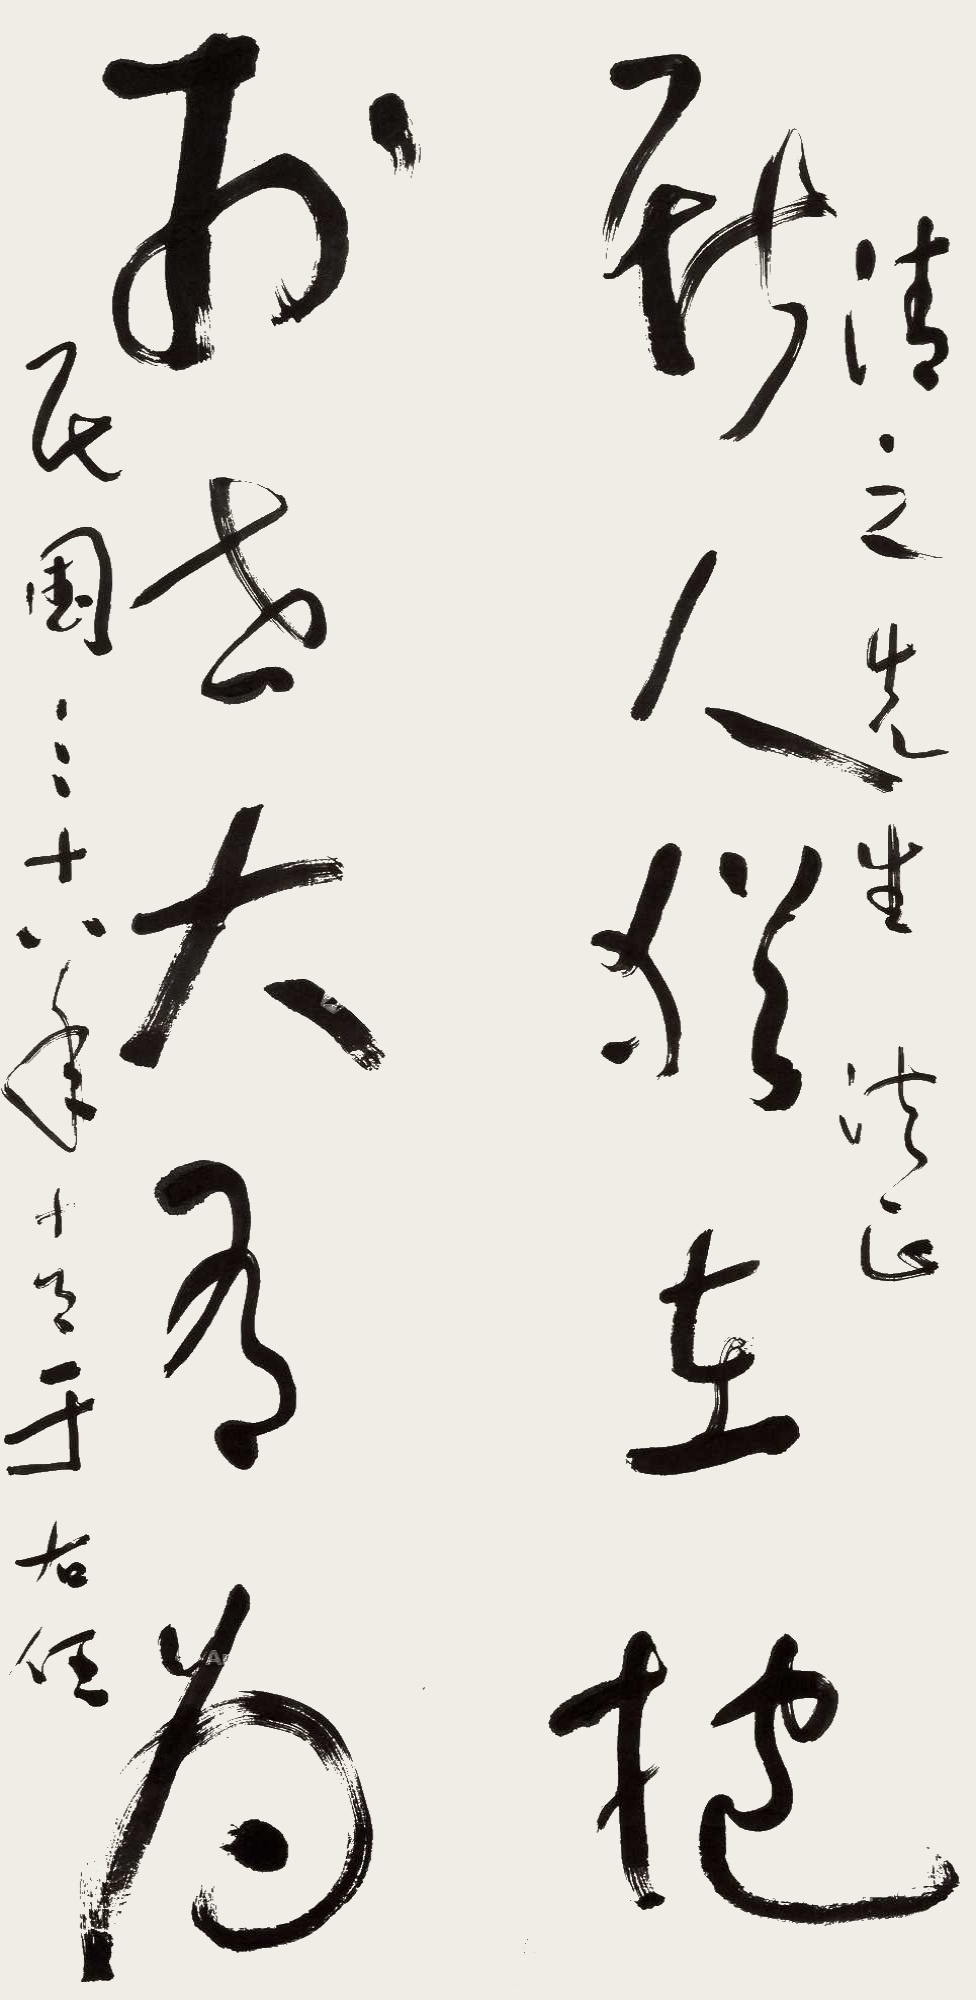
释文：斯人犹在抱，于世大有为。清之先生法正。民国三十八年十月，于右任。